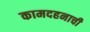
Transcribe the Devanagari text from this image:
कामदहनाची